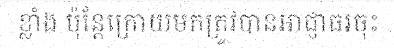
ខ្លាំង ប៉ុន្តែក្រោយមកត្រូវបានអាជ្ញាធរចុះ